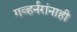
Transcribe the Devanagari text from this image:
गव्हर्नरांनाही